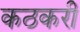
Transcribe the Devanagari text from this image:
कठकरी